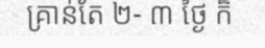
គ្រាន់តែ ២- ៣ ថ្ងៃ ក៏